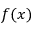
f ( x )